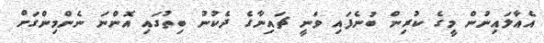
އެއާލައިނުން މީގެ ކުރިން ބުނެފައި ވަނީ ޗައިނާގެ ދެކުނު ބިތުގައި އޮންނަ ނެންމިންގަށް